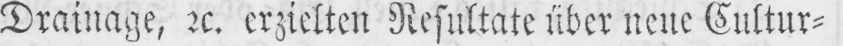
Drainage, etc. erzielten Resultate über neue Cultur⸗